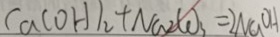
C a ( O H ) _ { 2 } + N a _ { 2 } C O _ { 3 } = 2 N a O H